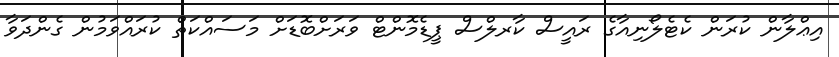
އިޢްލާން ކުރަން ކެޓެލޯނިއާގެ ރައީސް ކާރލްސް ޕީޑެމޮންޓް ވަރަށްބޮޑަށް މަސައްކަތް ކުރައްވަމުން ގެންދަވާ